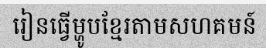
រៀនធ្វើម្ហូបខ្មែរតាមសហគមន៍